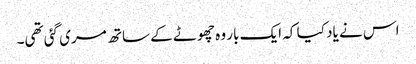
اس نے یاد کیا کہ ایک بار وہ چھوٹے کے ساتھ مری گئی تھی۔